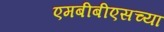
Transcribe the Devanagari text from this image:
एमबीबीएसच्या